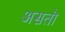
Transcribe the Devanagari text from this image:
असतॊ